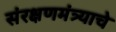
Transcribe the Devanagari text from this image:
संरक्षणमंत्र्याचे